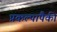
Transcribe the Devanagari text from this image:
प्रकल्पांपैकी